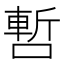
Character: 𠼃